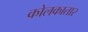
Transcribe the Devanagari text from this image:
कोलकातार